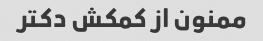
ممنون از کمکش دکتر